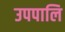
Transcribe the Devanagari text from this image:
उपपालि